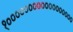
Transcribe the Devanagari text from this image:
१००००००००००००००००००